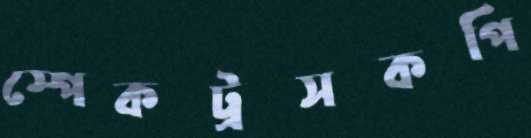
স্পেকট্রসকপি